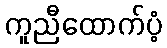
ကူညီထောက်ပံ့